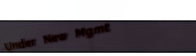
Under New Mgmt